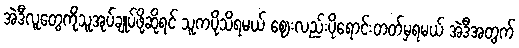
အဲဒီလူတွေကိုသူအုပ်ချုပ်ဖို့ဆိုရင် သူကပိုသိရမယ် ဈေးလည်းပိုရောင်းတတ်မှရမယ် အဲဒီအတွက်